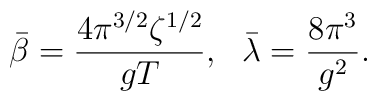
\bar{\beta} = \frac{4\pi^{3/2}\zeta^{1/2}}{gT},~~\bar{\lambda} = \frac{8\pi^{3}}{g^2}.